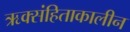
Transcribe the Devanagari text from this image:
ऋक्संहिताकालीन